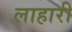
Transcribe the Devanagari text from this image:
लाहारी